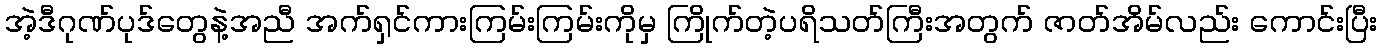
အဲ့ဒီဂုဏ်ပုဒ်တွေနဲ့အညီ အက်ရှင်ကားကြမ်းကြမ်းကိုမှ ကြိုက်တဲ့ပရိသတ်ကြီးအတွက် ဇာတ်အိမ်လည်း ကောင်းပြီး